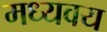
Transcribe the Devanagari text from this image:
मध्यवय